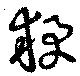
猱